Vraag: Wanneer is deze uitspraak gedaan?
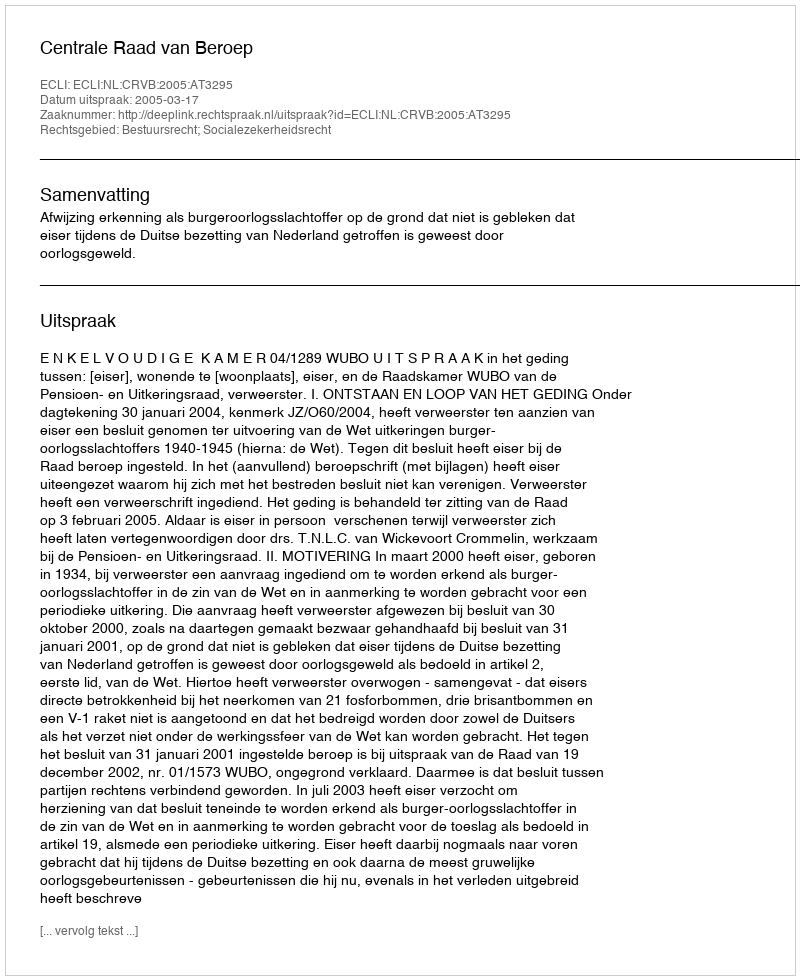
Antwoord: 2005-03-17